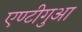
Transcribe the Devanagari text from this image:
एण्टीगुआ